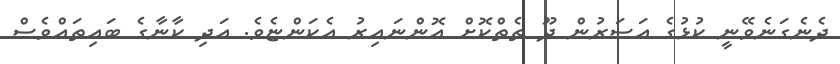
ދެނެގަނެވޭނީ ކުޅުގެ އަސަރުން ދޫ ތެތްކޮށް އޮންނައިރު އެކަންޏެވެ. އަދި ކާނާގެ ބައިތައްވެސް